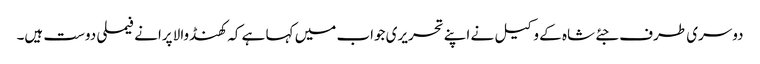
دوسری طرف جئے شاہ کے وکیل نے اپنے تحریری جواب میں کہا ہے کہ کھنڈوالا پرانے فیملی دوست ہیں۔